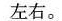
并运用一种修辞手法。100字左右。